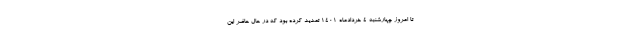
تا امروز چهارشنبه ۴ خردادماه ۱۴۰۱ تمدید کرده بود که در حال حاضر این